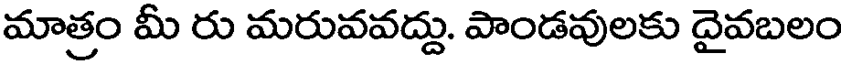
మాత్రం మీ రు మరువవద్దు. పాండవులకు దైవబలం